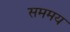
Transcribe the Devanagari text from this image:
सममय